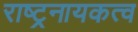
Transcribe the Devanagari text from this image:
राष्ट्रनायकत्व